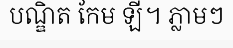
បណ្ឌិត កែម ឡី។ ភ្លាមៗ